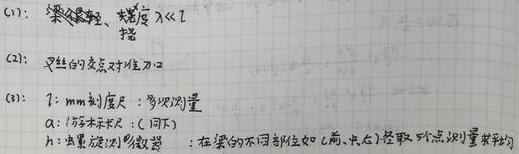
(1): 梁的直径、挠度$\lambda \ll l$ 摆
(2): 叉丝的交点对准刀口
(3): 1: mm刻度尺 : 多次测量
a: 游标卡尺 : (同下)
b: 自准直测微数器 : 在梁的不同部位如(前、中、后)各取5个点测量求平均